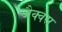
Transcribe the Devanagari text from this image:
जैक्वेस